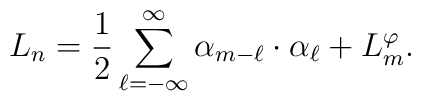
L_n = {1\over 2} \sum_{\ell=-\infty}^\infty	\alpha_{m-\ell} \cdot \alpha_\ell + L^\varphi_m .